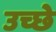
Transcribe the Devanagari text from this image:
उच्छे